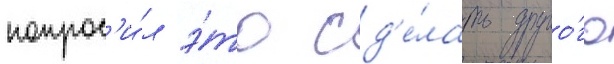
попрос'и́л э́то сд'е́лать друго́го